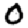
Digit: 0